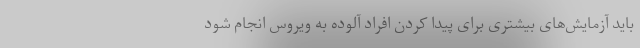
باید آزمایش‌های بیشتری برای پیدا کردن افراد آلوده به ویروس انجام شود